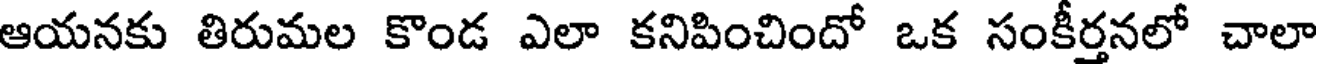
ఆయనకు తిరుమల కొండ ఎలా కనిపించిందో ఒక సంకీర్తనలో చాలా